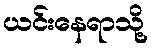
ယင်းနေရာသို့